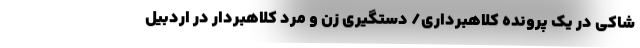
شاکی در یک پرونده کلاهبرداری/ دستگیری زن و مرد کلاهبردار در اردبیل